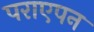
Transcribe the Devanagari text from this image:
पराएपन